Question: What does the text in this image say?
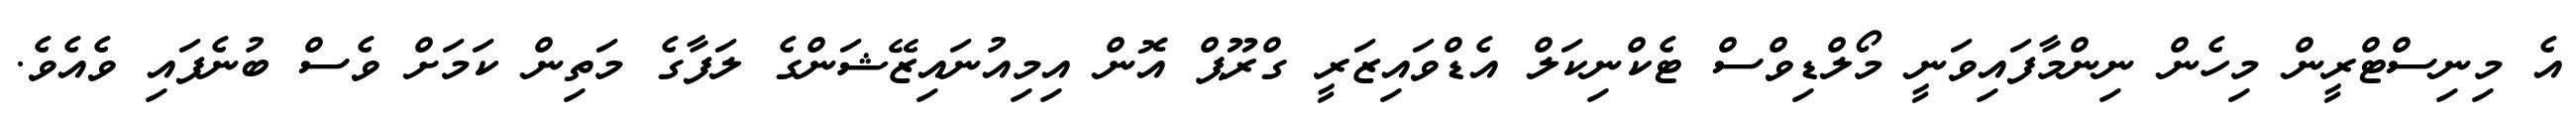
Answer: އެ މިނިސްޓްރީން މިހެން ނިންމާފައިވަނީ މޯލްޑިވްސް ޓެކްނިކަލް އެޑްވައިޒަރީ ގްރޫޕް އޮން އިމިއުނައިޒޭޝަންގެ ލަފާގެ މަތިން ކަމަށް ވެސް ބުނެފައި ވެއެވެ.